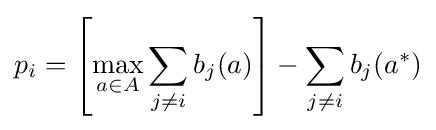
p_{i}=\left[\max _{a\in A}\sum _{j\neq i}b_{j}(a)\right]-\sum _{j\neq i}b_{j}(a^{*})